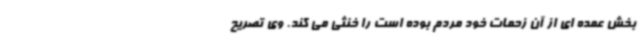
بخش عمده ای از آن زحمات خود مردم بوده است را خنثی می کند. وی تصریح